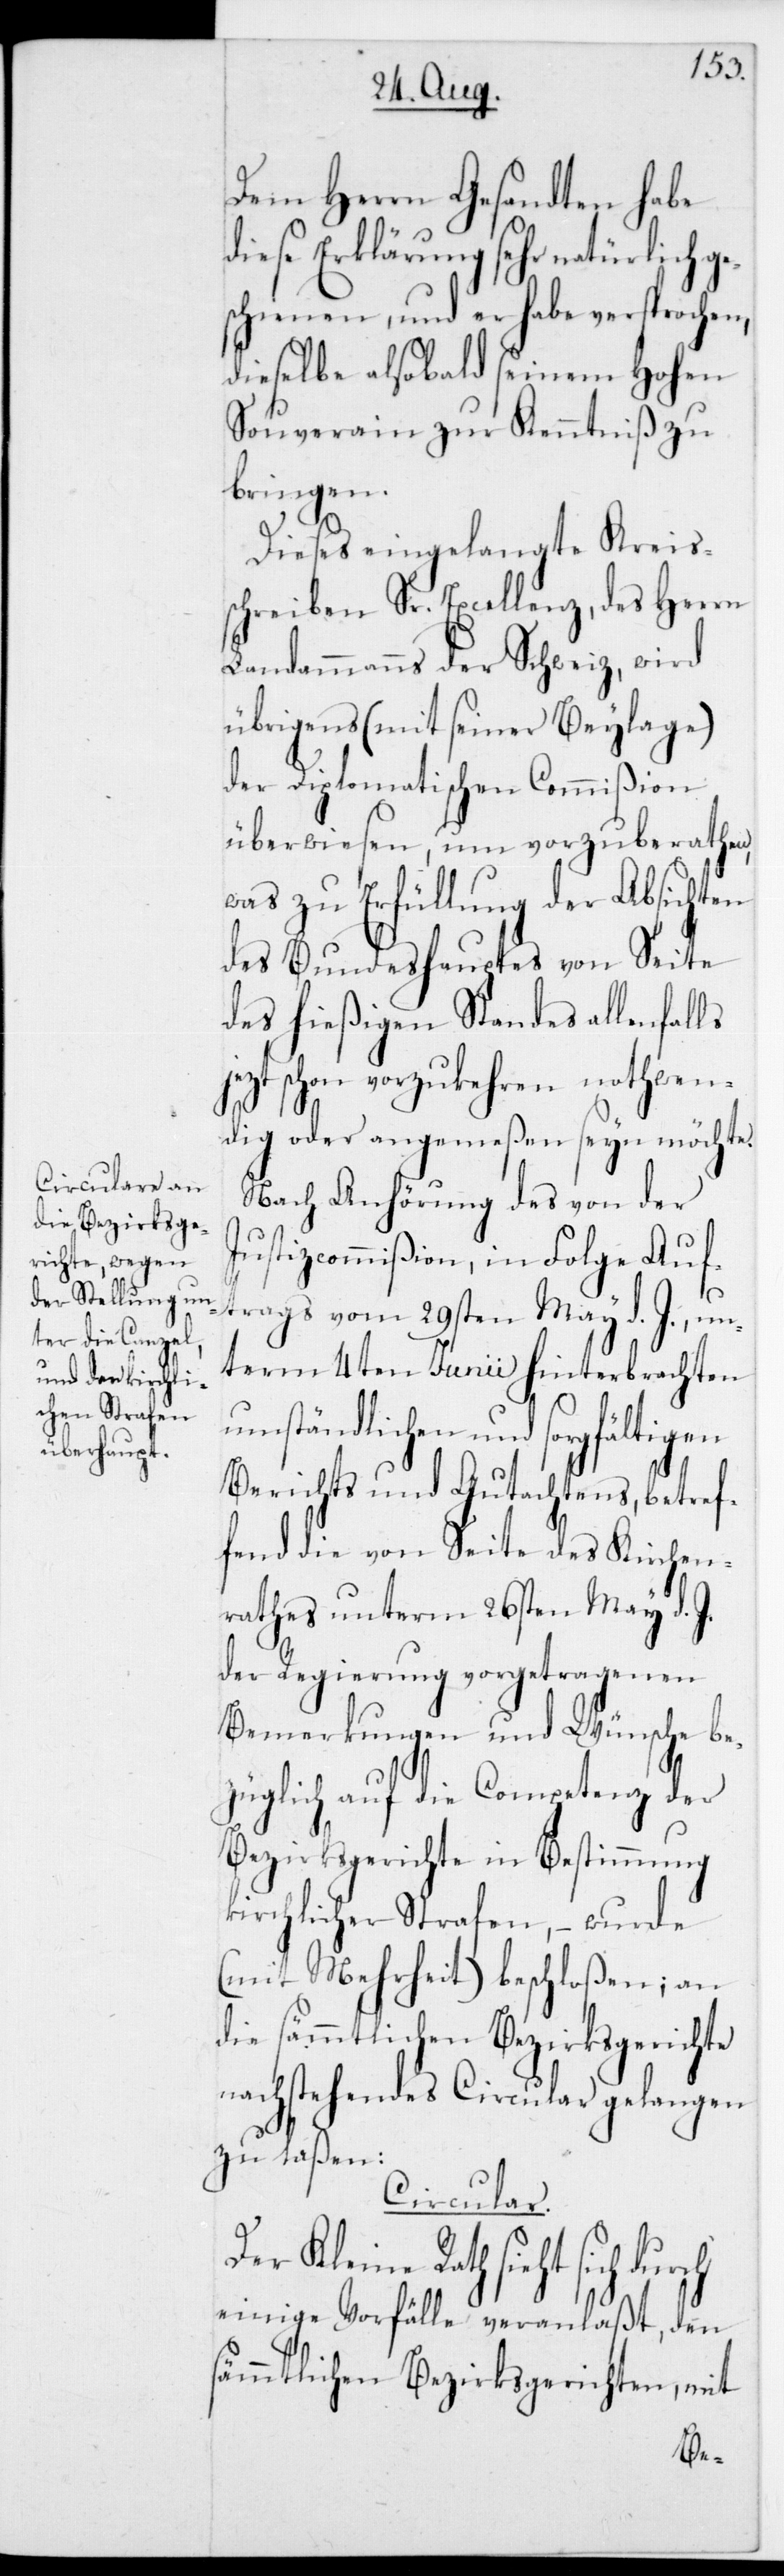
Dem Herrn Gesandten habe
diese Erklärung sehr natürlich
schienen, und er habe versprochen,
dieselbe alsobald seinem Hohen
Souverain zur Kenntniß zu
ltigen
Dieses eingelangte Kreiss¬
chreiben Sr. Excellenz,des Herrn
Landammanns der Schweiz, wird
übrigens (mit seiner Beylage)
der diplomatischen Commißion
überwiesen, um vorzuberathen,
was zu Erfüllung der Absichten
des Bundeshauptes von Seite
des hießigenStandes allenfalls
schon vorzukehren notwen¬
dig oder angemeßen seyn möchte.
Nach Anhörung des von der
Justizcommißion, in Folge Auf¬
trags vom 29sten May d. J., un¬
term 4ten Junii hinterbrachten
umständlichen und sorgfä¬
Berichts und Gutachtens, betref¬
fend die von Seite des Kirchen¬
rathes unterm 26sten May d. J.
der Regierung vorgetragenen
Bemerkungen und Wünsche be¬
züglich auf die Competenz der
Bezirksgerichte in Bestimmung
kirchlicher Strafen, – wurde
(mit Mehrheit) beschloßen, an
die sämmtlichen Bezirksgerichte
nachstehendes Circular gelangen
Circular.
Der Kleine Rath sieht sich
einige Vorfälle veranlaßt, den
sämmtlichen Bezirksgerichten, mit
ge¬